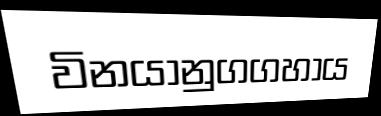
විනයානුගගහාය